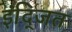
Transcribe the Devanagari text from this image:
इंद्जित